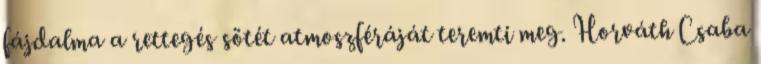
fájdalma a rettegés sötét atmoszféráját teremti meg. Horváth Csaba